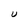
Character: u